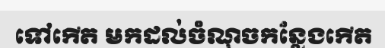
ទៅកើត មកដល់ចំណុចកន្លែងកើត